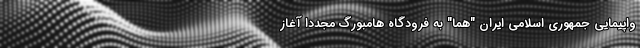
واپیمایی جمهوری اسلامی ایران "هما" به فرودگاه هامبورگ مجدداً آغاز